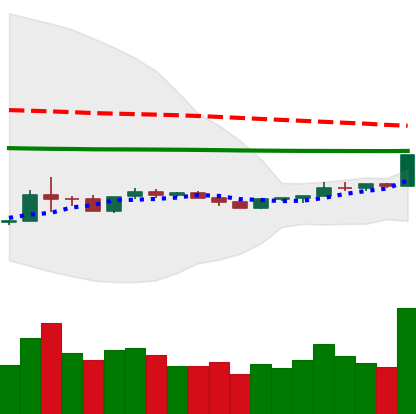
Ticker: ETH-USD
Chart end date: 2020-04-06
Forward return: -6.456%
Label: down_5_7